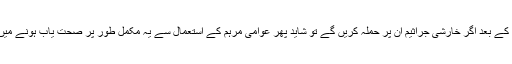
اس خوراکی پرہیز کے بعد اگر خارشی جراثیم ان پر حملہ کریں گے تو شاید پھر عوامی مرہم کے استعمال سے یہ مکمل طور پر صحت یاب ہونے میں کامیاب ہو جائیں۔